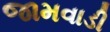
જામવાડી